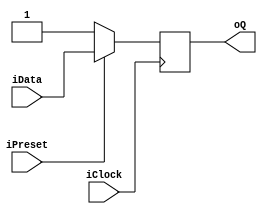
/******************
	FileName	:	DFFSyncPreset.v
	Author	:	daniel
	Description	:	Example of a rising edge flip-flop width sychronouse preset
	Revision	:	2017/12/20
	Company	:	***********
	code	:	Verilog-2001
************************/
module DFFSyncPreset #(parameter DELAY = 1) (
input 	  iData,iPreset,iClock,
output reg oQ);
always @(posedge iClock)
	if(~iPreset)
		oQ <= #DELAY 1'b1;
	else
		oQ <= #DELAY iData;
endmodule